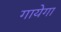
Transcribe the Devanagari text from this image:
गायेगा